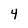
Character: 4